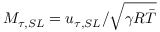
M _ { \tau , S L } = u _ { \tau , S L } / \sqrt { \gamma R \bar { T } }